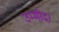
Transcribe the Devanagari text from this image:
उम्मीद।